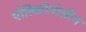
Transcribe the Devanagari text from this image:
पोलिप्रोपोलीन